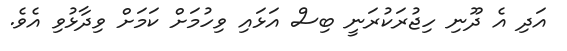
އަދި އެ ދޫނި ހިޖުރަކުރަނީ ބިސް އަޅައި ވިހުމަށް ކަމަށް ވިދާޅުވި އެވެ.